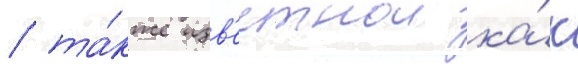
/ та́кже изв'естнои ка́к